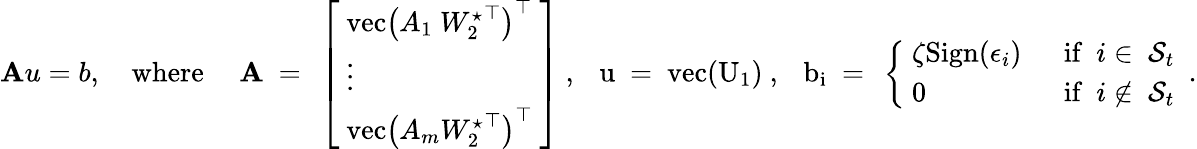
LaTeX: \begin{array}{r}{\mathbf{A}u=b,\quad\mathrm{where}\quad\mathrm{~\mathbf{A}~=~\left[\begin{array}{l}{~\mathrm{vec}\left(A_1~{W^\star_2}^\top\right)^\top}\\ {~\vdots}\\ {~\mathrm{vec}\left(A_m{W^\star_2}^\top\right)^\top~}\end{array}\right]~,\ \ ~u~=~\mathrm{vec}(U_1)~,\ \ ~b_i~=~\left\{ \begin{array}{ll}{~\zeta\mathrm{Sign}(\epsilon_i)~}&{~\mathrm{if~}~i\in~\mathcal{S}_t}\\ {~0~}&{~\mathrm{if~}~i\not\in~\mathcal{S}_t~}\end{array}\right.~.}}\end{array}